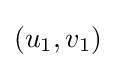
(u_{1},v_{1})